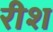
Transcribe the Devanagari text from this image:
रीश